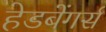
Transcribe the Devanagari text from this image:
हेडबेंगर्स